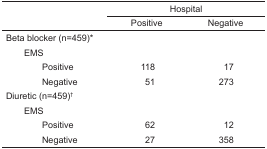
|  | <COLSPAN=2> Hospital |
 |  | Positive | Negative |
 | --- | --- | --- |
 | <COLSPAN=3> Beta blocker (n=459)* |
 | <COLSPAN=3> EMS |
 | Positive | 118 | 17 |
 | Negative | 51 | 273 |
 | <COLSPAN=3> Diuretic (n=459)† |
 | <COLSPAN=3> EMS |
 | Positive | 62 | 12 |
 | Negative | 27 | 358 |